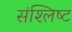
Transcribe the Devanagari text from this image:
संश्लिष्‍ट